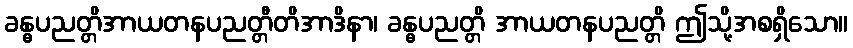
ခန္ဓပညတ္တိအာယတနပညတ္တီတိအာဒိနာ၊ ခန္ဓပညတ္တိ အာယတနပညတ္တိ ဤသို့အစရှိသော။